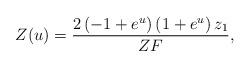
LaTeX: \begin{align*}Z(u) = {{2 \left( -1 + {e^u} \right) \left( 1 + {e^u} \right) { z_1}} \over{ZF}},\end{align*}